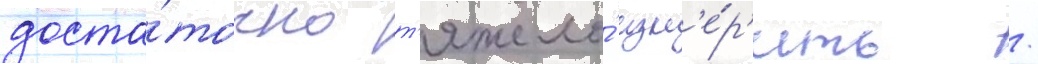
доста́точно т'яжело́ изм'е́р'ить /